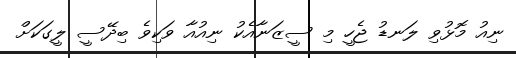
ނިއު މޮޅުވި ލަނޑު ޖެހީ މި ސީޒަނާއެކު ނިއުއާ ވަކިވެ ބިދޭސީ ލީގަކަށް